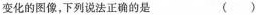
变化的图像，下列说法正确的是 ( )